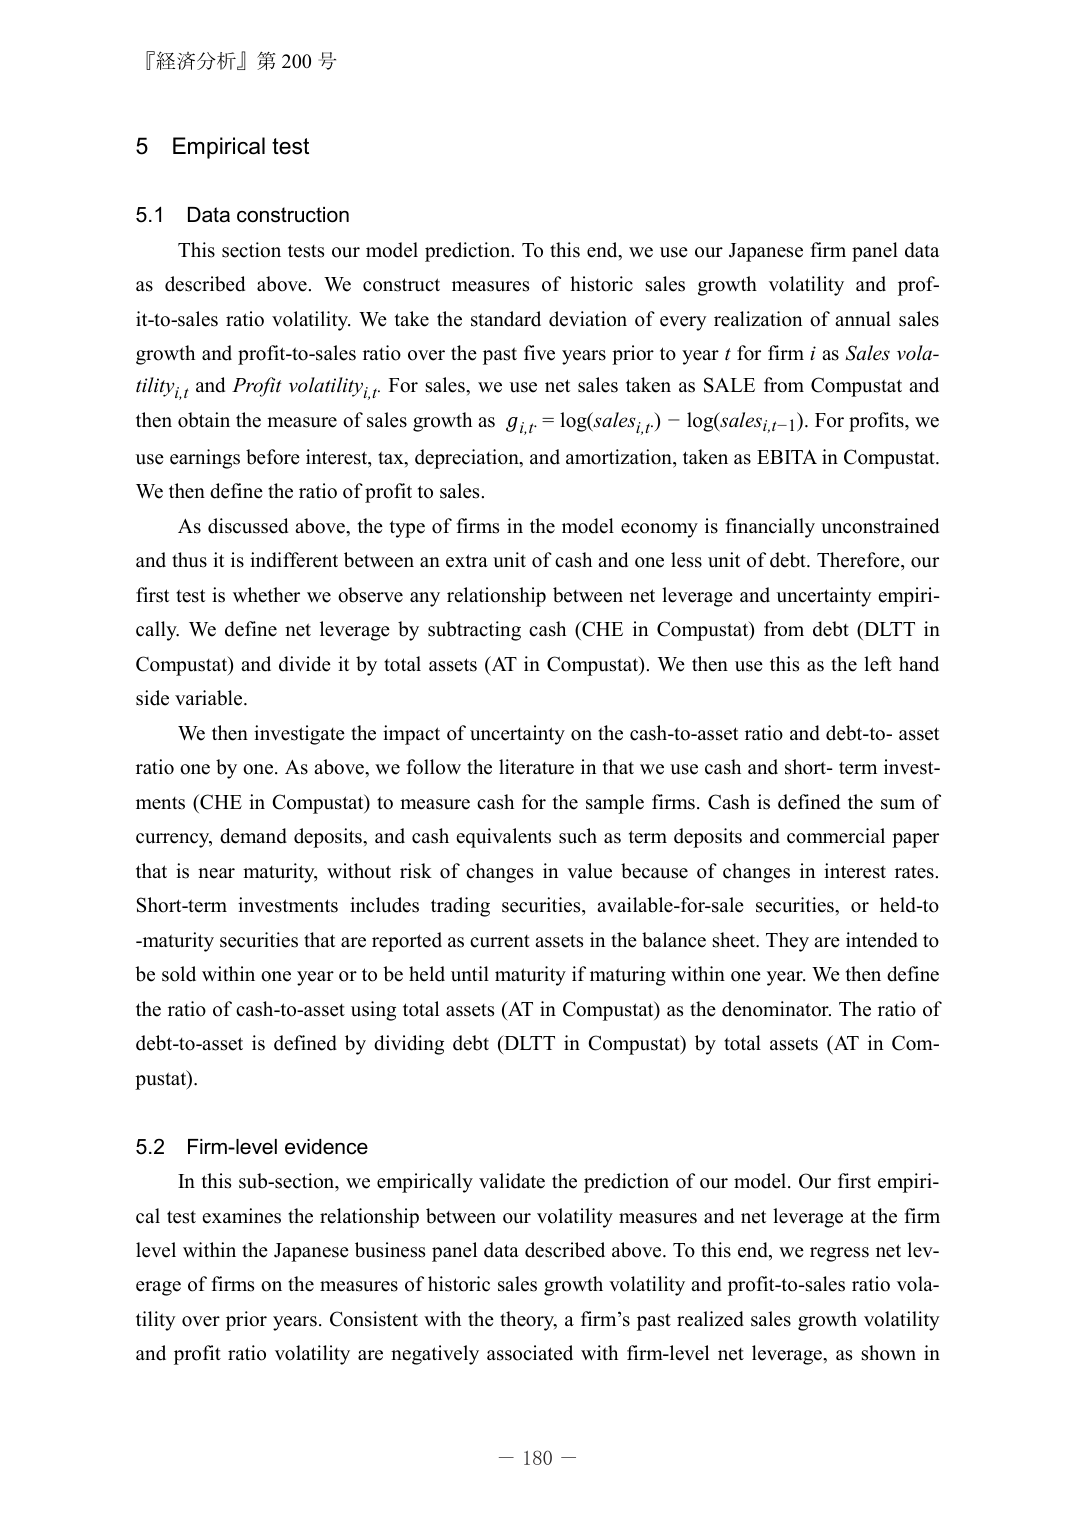
『経済分析』第 200 号

5 Empirical test

5.1 Data construction
This section tests our model prediction. To this end, we use our Japanese firm panel data as described above. We construct measures of historic sales growth volatility and profit-to-sales ratio volatility. We take the standard deviation of every realization of annual sales growth and profit-to-sales ratio over the past five years prior to year t for firm i as Sales volatility_{i,t} and Profit volatility_{i,t}. For sales, we use net sales taken as SALE from Compustat and then obtain the measure of sales growth as g_{i,t} = log(sales_{i,t}) - log(sales_{i,t-1}). For profits, we use earnings before interest, tax, depreciation, and amortization, taken as EBITA in Compustat. We then define the ratio of profit to sales.

As discussed above, the type of firms in the model economy is financially unconstrained and thus it is indifferent between an extra unit of cash and one less unit of debt. Therefore, our first test is whether we observe any relationship between net leverage and uncertainty empirically. We define net leverage by subtracting cash (CHE in Compustat) from debt (DLTT in Compustat) and divide it by total assets (AT in Compustat). We then use this as the left hand side variable.

We then investigate the impact of uncertainty on the cash-to-asset ratio and debt-to-asset ratio one by one. As above, we follow the literature in that we use cash and short-term investments (CHE in Compustat) to measure cash for the sample firms. Cash is defined the sum of currency, demand deposits, and cash equivalents such as term deposits and commercial paper that is near maturity, without risk of changes in value because of changes in interest rates. Short-term investments includes trading securities, available-for-sale securities, or held-to-maturity securities that are reported as current assets in the balance sheet. They are intended to be sold within one year or to be held until maturity if maturing within one year. We then define the ratio of cash-to-asset using total assets (AT in Compustat) as the denominator. The ratio of debt-to-asset is defined by dividing debt (DLTT in Compustat) by total assets (AT in Compustat).

5.2 Firm-level evidence
In this sub-section, we empirically validate the prediction of our model. Our first empirical test examines the relationship between our volatility measures and net leverage at the firm level within the Japanese business panel data described above. To this end, we regress net leverage of firms on the measures of historic sales growth volatility and profit-to-sales ratio volatility over prior years. Consistent with the theory, a firm’s past realized sales growth volatility and profit ratio volatility are negatively associated with firm-level net leverage, as shown in

— 180 —